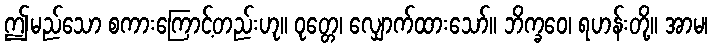
ဤမည်သော စကားကြောင့်တည်းဟု။ ဝုတ္တေ၊ လျှောက်ထားသော်။ ဘိက္ခဝေ၊ ရဟန်းတို့။ အာမ၊